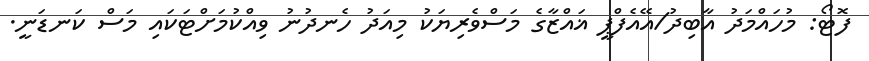
ފޮޓޯ: މުހައްމަދު އާބިދު/އޭއެފްޕީ ޣައްޒާގެ މަސްވެރިޔަކު މިއަދު ހެނދުނު ވިއްކުމަށްޓަކައި މަސް ކަނޑަނީ.